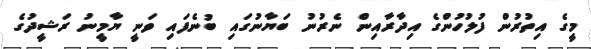
މީގެ އިތުރުން ފުލުހުންގެ އިދާރާއިން ނެރުނު ބަޔާނުގައި ބުނެފައި ވަނީ ޔާމީނު ރަޝީދުގެ